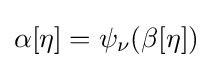
\alpha [\eta ]=\psi _{\nu }(\beta [\eta ])